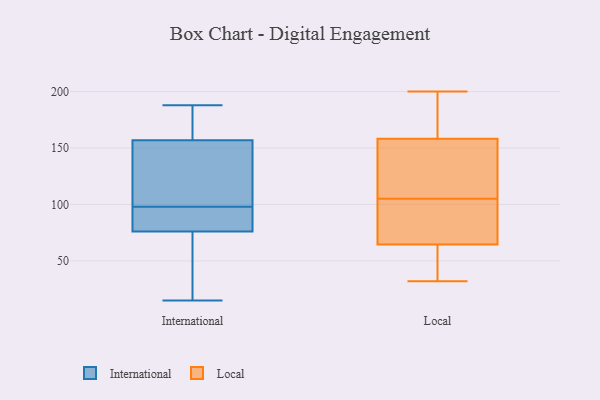
{"axis": {"x": "Customer Acquisition Cost (USD)", "y": "Value"}, "legend": ["International", "Local"], "data": [{"x": "", "y": 17, "type": "International"}, {"x": "", "y": 143, "type": "International"}, {"x": "", "y": 131, "type": "International"}, {"x": "", "y": 167, "type": "International"}, {"x": "", "y": 76, "type": "International"}, {"x": "", "y": 65, "type": "International"}, {"x": "", "y": 180, "type": "International"}, {"x": "", "y": 50, "type": "International"}, {"x": "", "y": 137, "type": "International"}, {"x": "", "y": 100, "type": "International"}, {"x": "", "y": 77, "type": "International"}, {"x": "", "y": 96, "type": "International"}, {"x": "", "y": 95, "type": "International"}, {"x": "", "y": 159, "type": "International"}, {"x": "", "y": 157, "type": "International"}, {"x": "", "y": 188, "type": "International"}, {"x": "", "y": 15, "type": "International"}, {"x": "", "y": 79, "type": "International"}, {"x": "", "y": 105, "type": "Local"}, {"x": "", "y": 63, "type": "Local"}, {"x": "", "y": 93, "type": "Local"}, {"x": "", "y": 200, "type": "Local"}, {"x": "", "y": 55, "type": "Local"}, {"x": "", "y": 158, "type": "Local"}, {"x": "", "y": 117, "type": "Local"}, {"x": "", "y": 74, "type": "Local"}, {"x": "", "y": 66, "type": "Local"}, {"x": "", "y": 159, "type": "Local"}, {"x": "", "y": 65, "type": "Local"}, {"x": "", "y": 183, "type": "Local"}, {"x": "", "y": 112, "type": "Local"}, {"x": "", "y": 60, "type": "Local"}, {"x": "", "y": 163, "type": "Local"}, {"x": "", "y": 113, "type": "Local"}, {"x": "", "y": 32, "type": "Local"}]}